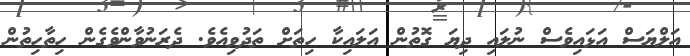
އަލްޔަސް އަޅައިވެސް ނުލައި ދިޔަ ގޮތުން އަލައިކާ ހިތަށް ތަދުވިއެވެ. ދެރަނުވާންވެގެން ހިތާހިތުން